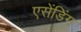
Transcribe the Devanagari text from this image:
एसेंडिंग